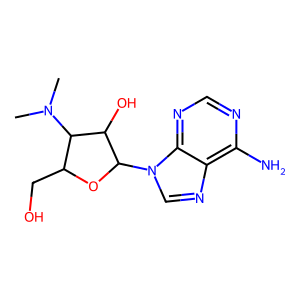
SMILES: CN(C)C1C(CO)OC(n2cnc3c(N)ncnc32)C1O
Inhibits HIV replication: No